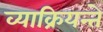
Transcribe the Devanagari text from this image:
व्याक्रियन्ते